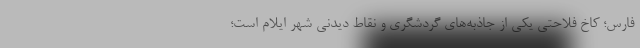
فارس؛ کاخ فلاحتی یکی از جاذبه‌های گردشگری و نقاط دیدنی شهر ایلام است؛